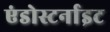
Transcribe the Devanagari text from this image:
एंडोस्टर्नाइट